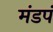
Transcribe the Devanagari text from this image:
मंडपं